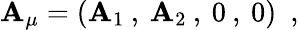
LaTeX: \mathbf{A}_{\mu}=(\mathbf{A}_{1}\: ,\: \mathbf{A}_{2}\: ,\: 0\: ,\: 0)~~,